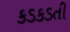
કડકડતી